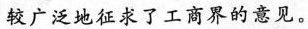
较广泛地征求了工商界的意见。